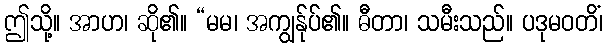
ဤသို့။ အာဟ၊ ဆို၏။ “မမ၊ အကျွန်ုပ်၏။ ဓီတာ၊ သမီးသည်။ ပဒုမဝတိံ၊